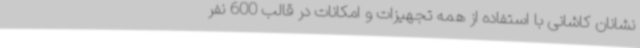
نشانان کاشانی با استفاده از همه تجهیزات و امکانات در قالب 600 نفر